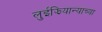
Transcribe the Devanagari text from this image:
लुईझियान्याच्या